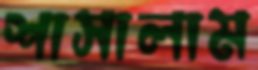
শাসালাম